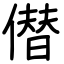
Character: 僣